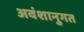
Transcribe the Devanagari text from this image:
अवंशानुगत